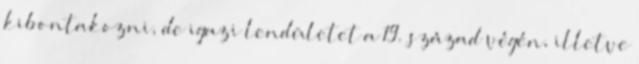
kibontakozni, de igazi lendületet a 19. század végén, illetve